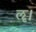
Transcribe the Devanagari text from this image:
ॡ।